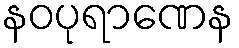
နဝပုရာဏေန